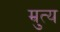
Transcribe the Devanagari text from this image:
म्रुत्य